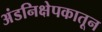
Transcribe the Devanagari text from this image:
अंडनिक्षेपकातून